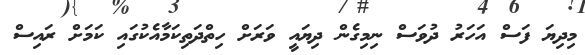
މިދިޔަ ފަސް އަހަރު ދުވަސް ނިމިގެން ދިޔައީ ވަރަށް ހިތްދަތިކަމާއެކުގައި ކަަމަށް ރައިސް